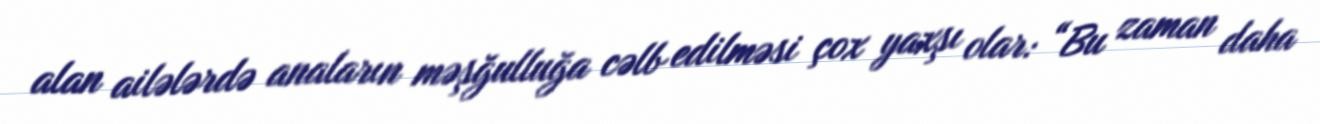
alan ailələrdə anaların məşğulluğa cəlb edilməsi çox yaxşı olar: “Bu zaman daha